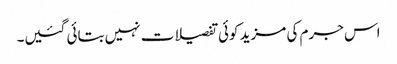
اس جرم کی مزید کوئی تفصیلات نہیں بتائی گئیں۔